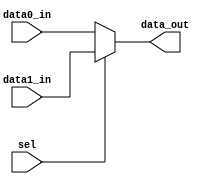
module mux2(
    input           sel         ,
    input   [31:0]  data0_in    ,
    input   [31:0]  data1_in    ,

    output  [31:0]  data_out    
);

//=================================================================================
// Parameter declaration
//=================================================================================





//=================================================================================
// Signal declaration
//=================================================================================




//=================================================================================
// Body
//=================================================================================

assign  data_out = (sel == 1'b1) ? data1_in : data0_in;  

endmodule